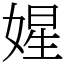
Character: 𡟙